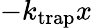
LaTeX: -k_{\mathrm{trap}}x